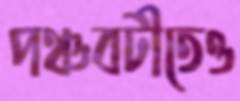
পঞ্চবটীতেও